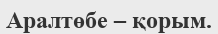
Аралтөбе – қорым.